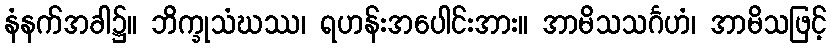
နံနက်အခါ၌။ ဘိက္ခုသံဃဿ၊ ရဟန်းအပေါင်းအား။ အာမိသသင်္ဂဟံ၊ အာမိသဖြင့်